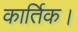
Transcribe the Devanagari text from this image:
कार्तिक।